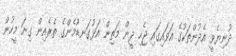
ދުނިޔެވީ އެދުންތަކުގެ އަވައިގައި ޖެހި ދީން މަތިން އަޅުގަނޑުމެންގެ ތެރެއިން ގިނަ މީހުން